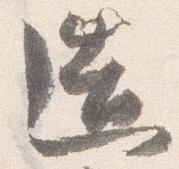
造